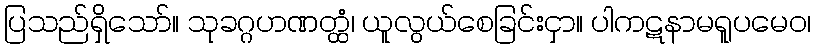
ပြသည်ရှိသော်။ သုခဂ္ဂဟဏတ္ထံ၊ ယူလွယ်စေခြင်းငှာ။ ပါကဋနာမရူပမေဝ၊